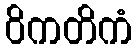
ဝိကတိကံ